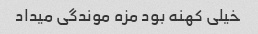
خیلی کهنه بود مزه موندگی میداد